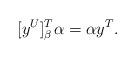
LaTeX: \begin{align*}[y^U]_\beta^T \alpha = \alpha y^T.\end{align*}